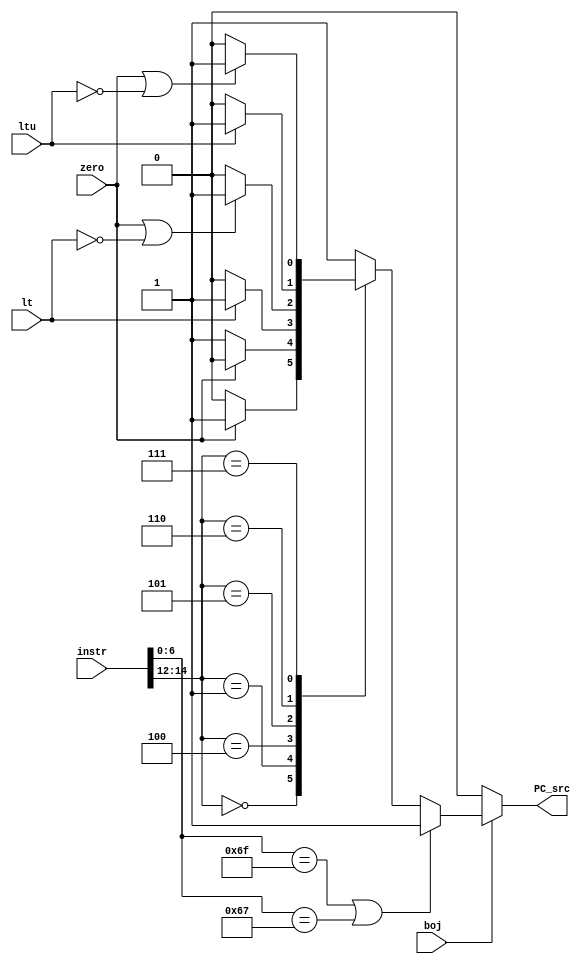
`timescale 1ns / 1ps
`default_nettype none

module PC_src(
input wire boj,
input wire zero,
input wire lt,
input wire ltu,
input wire [31:0] instr,
output reg PC_src);

parameter BEQ=3'b000, BNE=3'b001,BLT=3'b100, BGE=3'b101, BLTU=3'b110, BGEU=3'b111;
parameter J=7'b1101111,JR=7'b1100111;

wire [2:0] func3;
wire [6:0] opcode;    

assign func3 = instr[14:12];
assign opcode = instr[6:0];

always @(*)
begin
    if(boj == 1)
    begin
        if(opcode == J || opcode == JR)
            PC_src <= 1;
        else 
        begin
            case(func3)
                BEQ: begin
                         if(zero==1)
                            PC_src<=1;
                         else
                            PC_src<=0;
                     end
                BNE:begin
                        if(zero==0)
                            PC_src<=1;
                        else
                            PC_src<=0;
                    end
                BLT:begin
                        if(lt==1)
                            PC_src<=1;
                        else
                            PC_src<=0;
                    end
                BGE:begin
                        if(zero==1 || lt!=1)
                            PC_src<=1;
                        else
                            PC_src<=0;
                    end
                BLTU:begin
                         if(ltu==1)
                            PC_src<=1;
                         else
                            PC_src<=0;
                     end
                BGEU:begin
                         if(zero==1 || ltu!=1)
                            PC_src<=1;
                         else
                            PC_src<=0;
                     end
                default:
                            PC_src<=1;
            endcase
        end
    end
    else 
       PC_src<=0;
end

endmodule